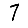
Digit: 7